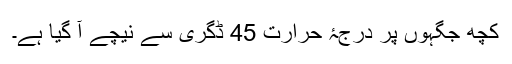
کچھ جگہوں پر درجۂ حرارت 45 ڈگری سے نیچے آ گیا ہے۔